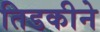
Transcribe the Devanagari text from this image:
तिडकीने